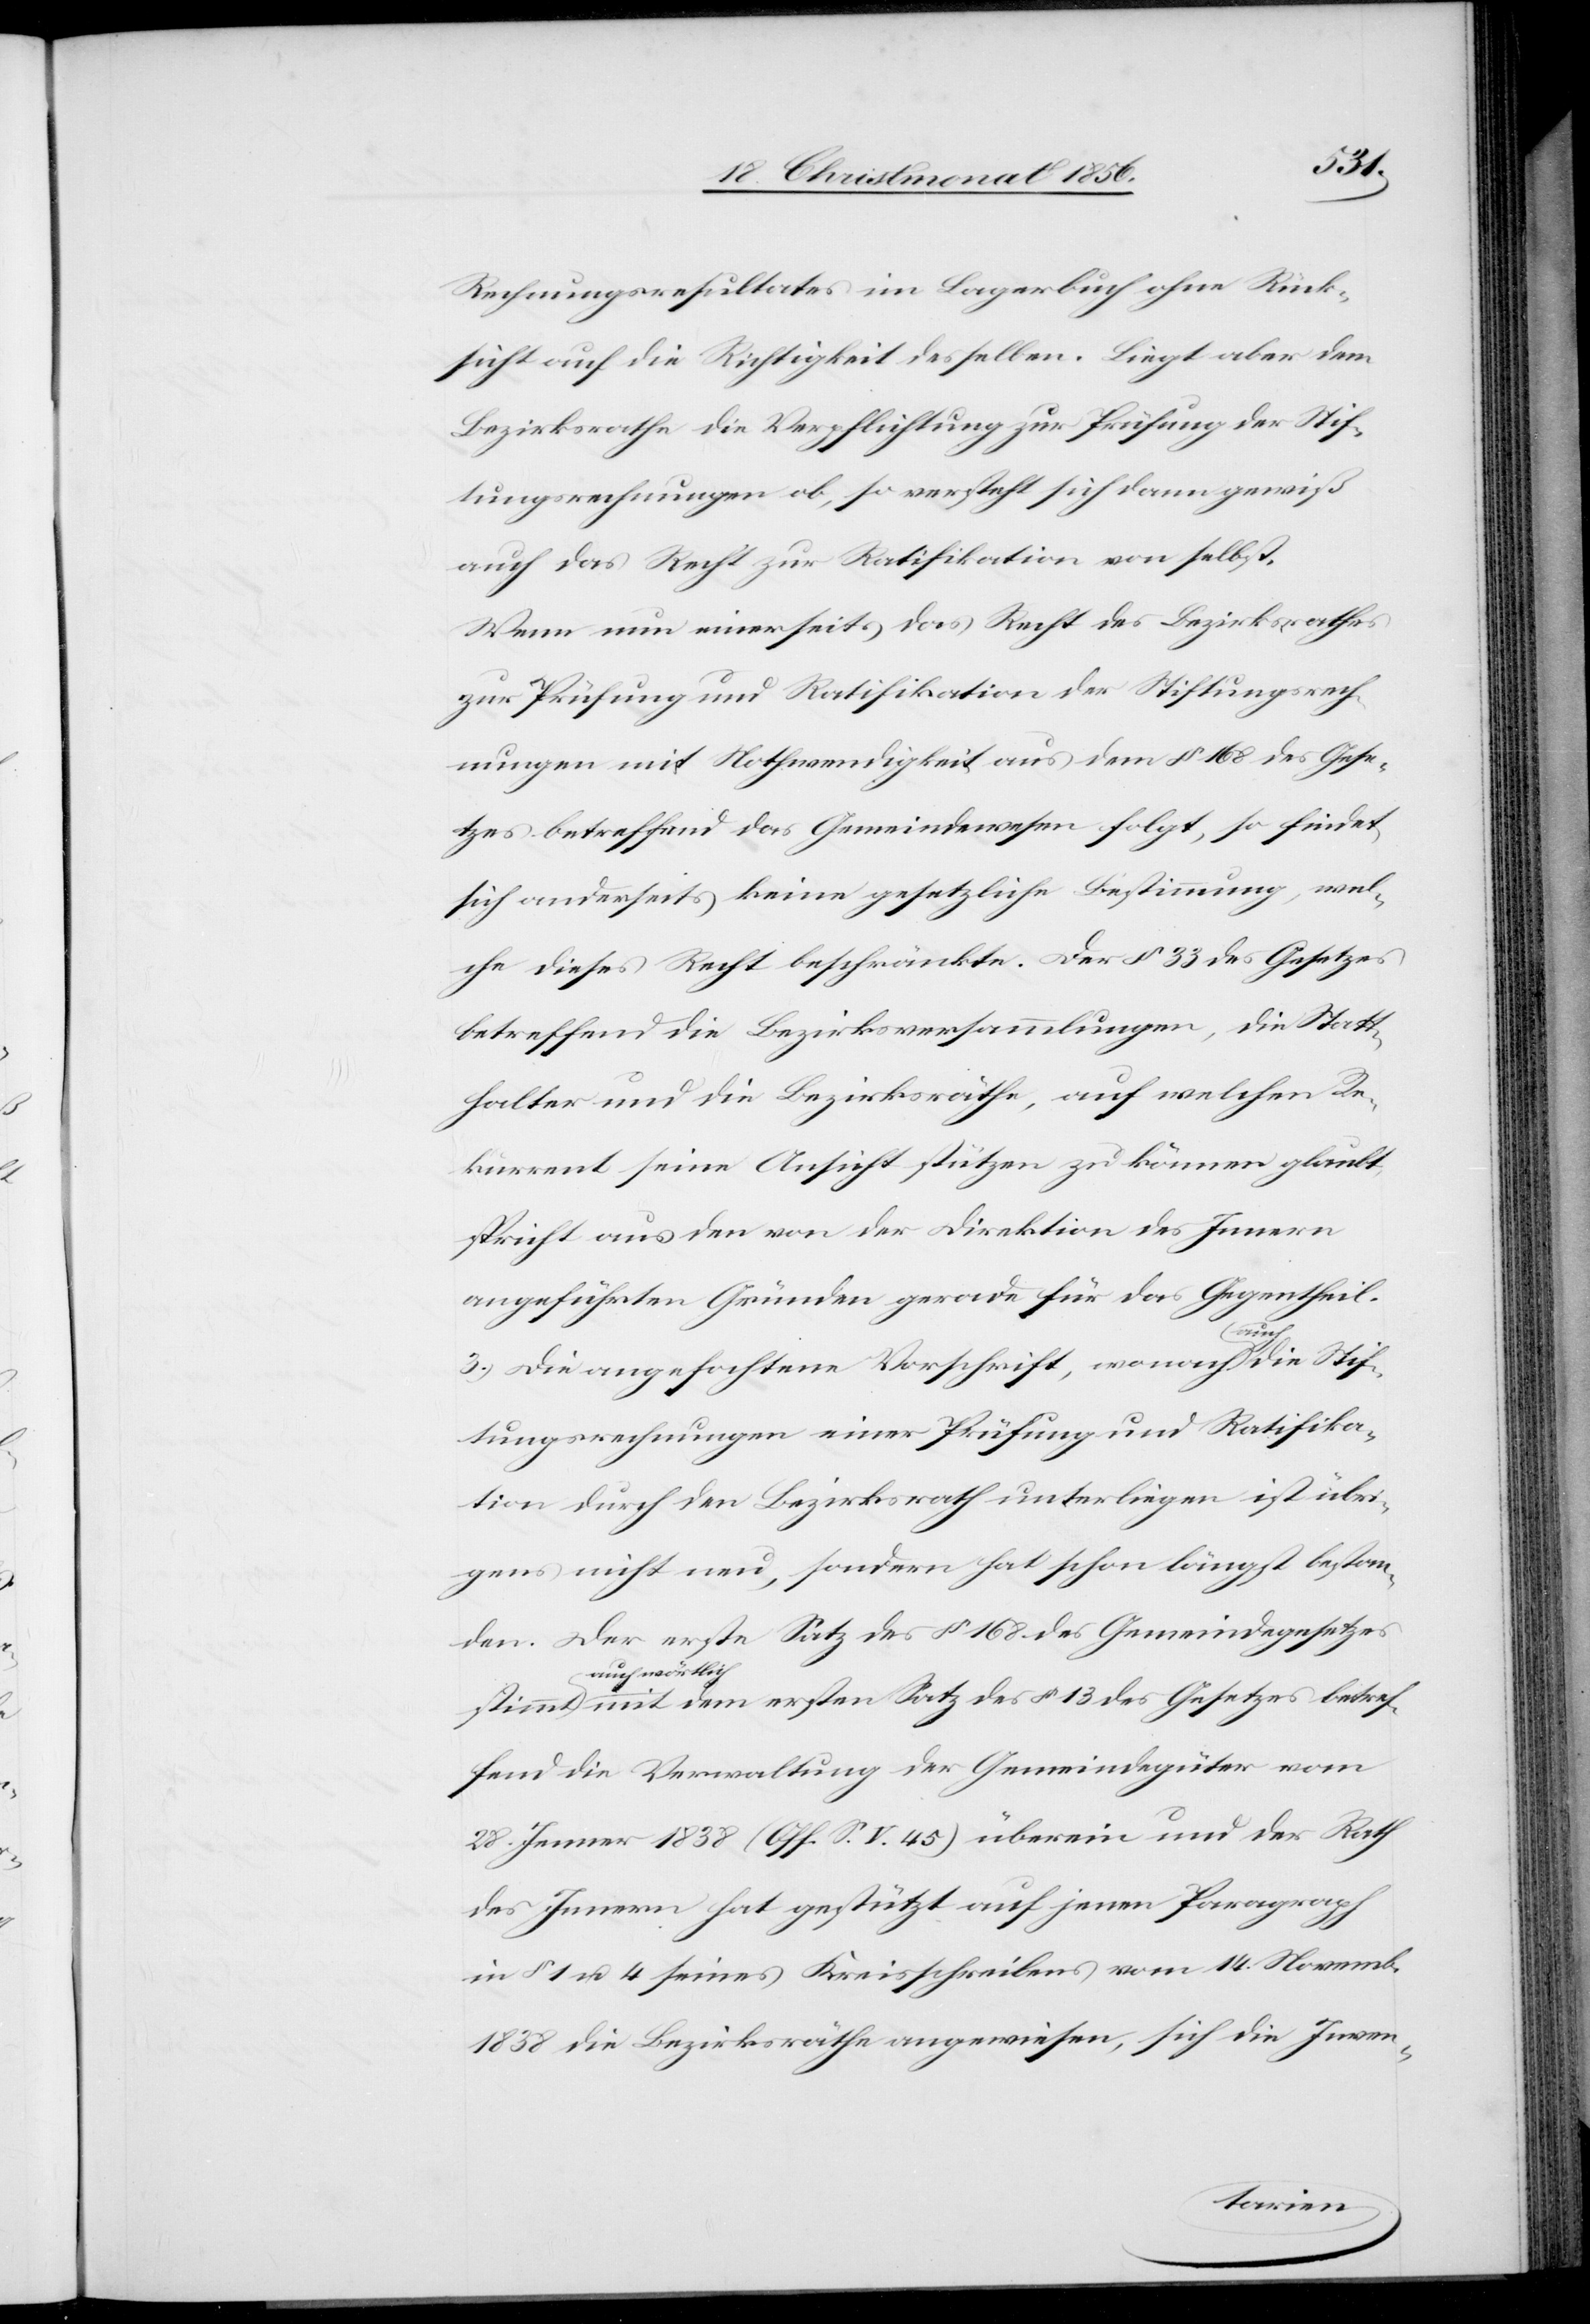
Rechnungsresultates im Lagerbuch ohne Rück¬
sicht auf die Richtigkeit desselben. Liegt aber dem
Bezirksrathe die Verpflichtung zur Prüfung der Stif¬
tungsrechnungen ob, so versteht sich dann gewiß
auch das Recht zur Ratifikation von selbst.
Wenn nun einerseits das Recht des Bezirksrathes
zur Prüfung und Ratifikation der Stiftungsrech¬
nungen mit Nothwendigkeit aus dem § 168 des Gese¬
tzes betreffend das Gemeindewesen folgt, so findet
sich anderseits keine gesetzliche Bestimmung, wel¬
che dieses Recht beschränkte. Der § 33 des Gesetzes
betreffend die Bezirksversammlungen, die Statt¬
halter und die Bezirksräthe, auf welchen Re¬
kurrent seine Ansicht stützen zu können glaubt,
spricht aus den von der Direktion des Innern
angeführten Gründen gerade für das Gegentheil.
3.) Die angefochtene Vorschrift, wonach a-auch-a die Stif¬
tungsrechnungen einer Prüfung und Ratifika¬
tion durch den Bezirksrath unterliegen ist übri¬
gens nicht neu, sondern hat schon längst bestan¬
den. Der erste Satz des § 168 des Gemeindegesetzes
a-auch wörtlic¬
h-a mit dem ersten Satz des § 13 des Gesetzes betref¬
fend die Verwaltung der Gemeindegüter vom
28. Jenner 1838 (Off. S. V. 45) überein und der Rath
des Innern hat gestützt auf jenen Paragraph
in § 1 u. 4 seines Kreisschreibens vom 14. Novemb.
1838 die Bezirksräthe angewiesen, sich die Inven-